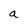
Character: a